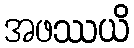
အဖဿယိ